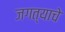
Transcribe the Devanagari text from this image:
जगत्याचे